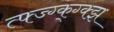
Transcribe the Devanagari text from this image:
त्फ्ज्ग्क्ग्क्झ